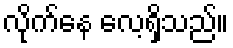
လိုက်နေ လေ့ရှိသည်။